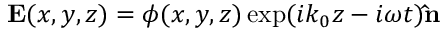
\mathbf { E } ( x , y , z ) = \phi ( x , y , z ) \exp ( i k _ { 0 } z - i \omega t ) \mathbf { \hat { n } }